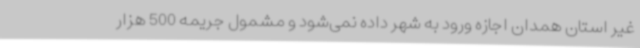
غیر استان همدان اجازه ورود به شهر داده نمی‌شود و مشمول جریمه 500 هزار